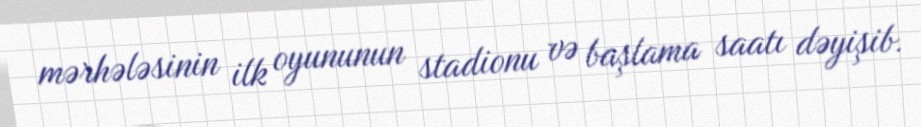
mərhələsinin ilk oyununun stadionu və başlama saatı dəyişib.